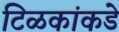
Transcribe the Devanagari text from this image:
टिळकांकडे